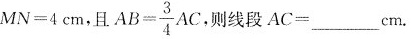
$$M N = 4 c m$$，且$$A B = \frac { 3 } { 4 } A C$$ 则线段$$A C = ___ c m$$.